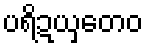
ပရိဍယှတေဝ